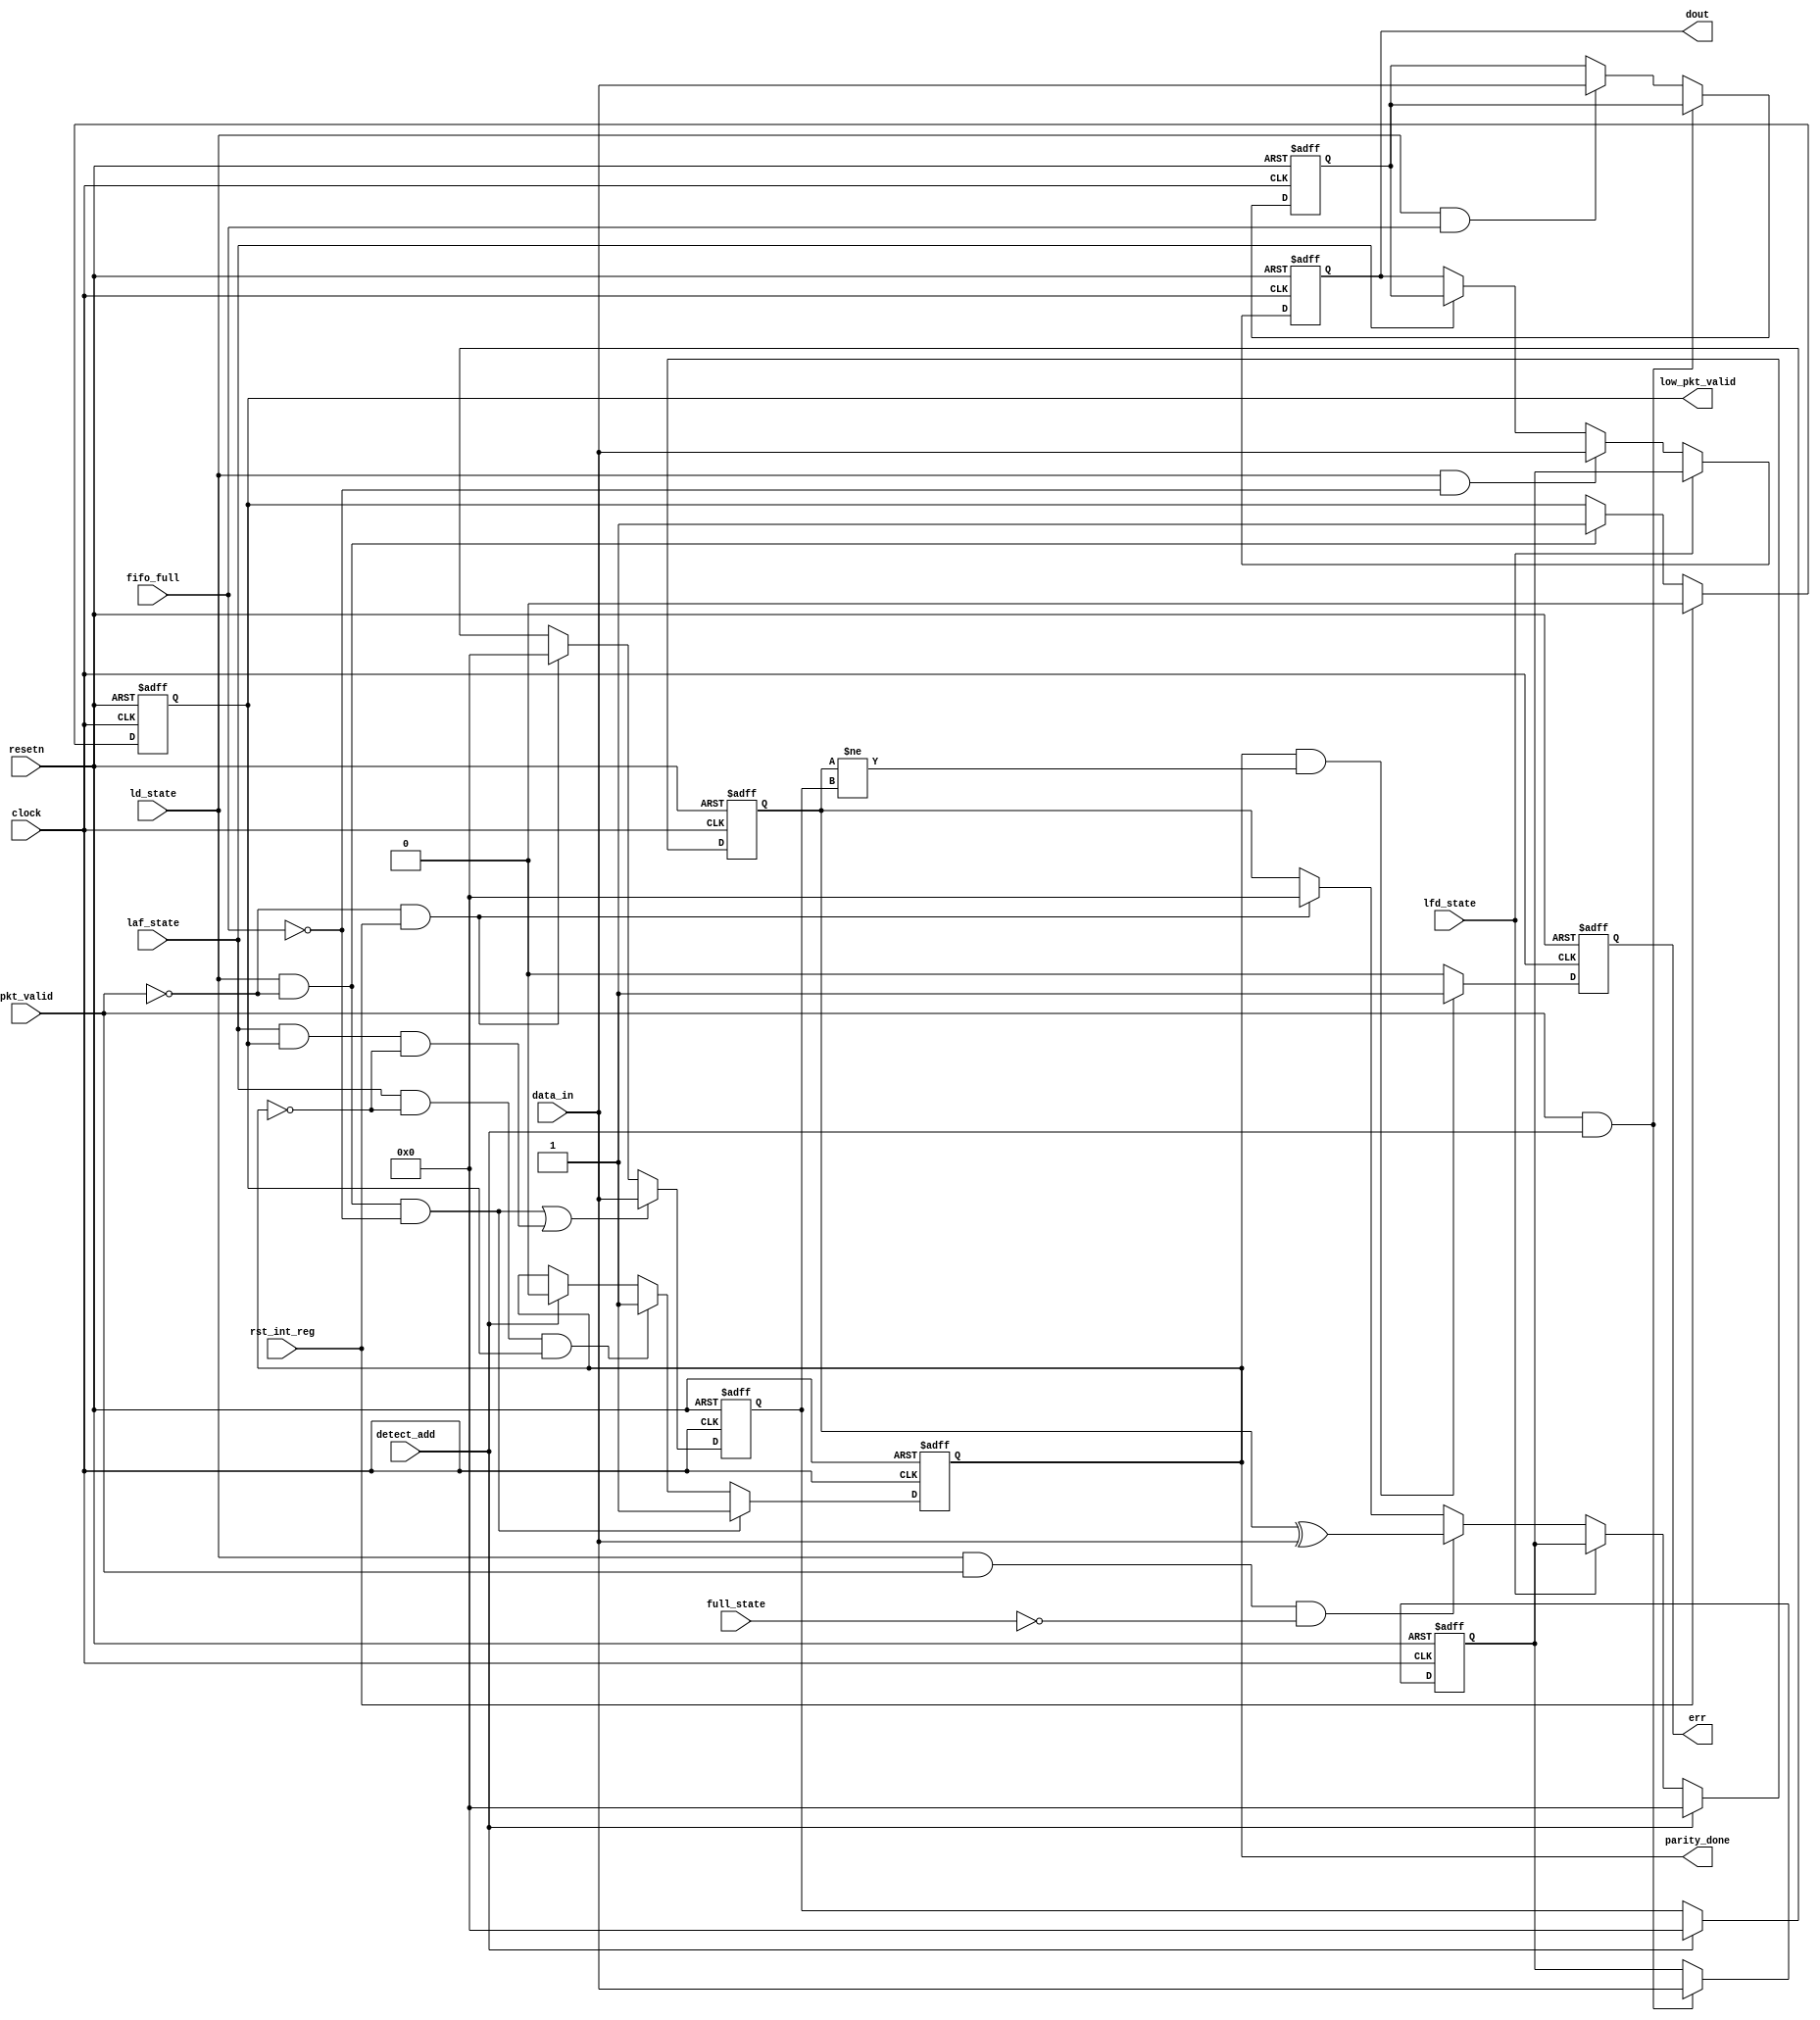
module router_reg( input clock,
input resetn,
input pkt_valid, input [7:0] data_in, input fifo_full, input detect_add, input ld_state, input laf_state, input full_state, input lfd_state, input rst_int_reg, output reg err,
output reg parity_done, output reg low_pkt_valid, output reg [7:0] dout
);

reg [7:0] Header_byte;
 
reg [7:0] fifo_full_state_byte;
reg [7:0] Packet_parity;
reg [7:0] Internal_parity;

// dout logic
always @(posedge clock or negedge resetn) 
begin if (~resetn) 
begin
dout <= 8'b0;
end 
else if (lfd_state) 
begin 
dout <= Header_byte;
end 
else if (ld_state && ~fifo_full)
 begin dout <= data_in;
end 
else if (laf_state) 
begin 
dout <= fifo_full_state_byte;
end 
end

// Header_byte and fifo_full_state_byte
always @(posedge clock or negedge resetn) 
begin 
if (~resetn) 
begin
Header_byte <= 8'b0;
fifo_full_state_byte <= 8'b0; 
end 
else 
begin
if (pkt_valid && detect_add) 
begin 
Header_byte <= data_in;
end 
else if (ld_state && fifo_full) 
begin
fifo_full_state_byte <= data_in; 
end
end
 end

// parity_done logic
always @(posedge clock or negedge resetn) 
begin 
if (~resetn)
 begin
parity_done <= 1'b0; 
end 
else 
begin
if (ld_state && ~pkt_valid && ~fifo_full) 
begin 
parity_done <= 1'b1;
end 
else if (laf_state && ~parity_done && low_pkt_valid) 
begin parity_done <= 1'b1;
end 
else 
begin
if (detect_add) 
begin parity_done <= 1'b0;
end 
end
end 
end

// low_pkt_valid logic
always @(posedge clock or negedge resetn) 
begin 
if (~resetn) 
begin 
low_pkt_valid <= 1'b0; 
end 
else 
begin
if (rst_int_reg) 
begin
low_pkt_valid <= 1'b0;
end 
else if (~pkt_valid && ld_state) 
begin low_pkt_valid <= 1'b1;
end
end 
end

// Packet_parity logic
always @(posedge clock or negedge resetn) 
begin 
if (~resetn) 
begin
Packet_parity <= 8'b0;
end 
else if ((ld_state && ~pkt_valid && ~fifo_full) || (laf_state && low_pkt_valid && ~parity_done)) 
begin
Packet_parity <= data_in;
end 
else if (~pkt_valid && rst_int_reg) 
begin Packet_parity <= 8'b0;
end 
else 
begin
if (detect_add) 
begin Packet_parity <= 8'b0;
end 
end
end

// internal_parity
always @(posedge clock or negedge resetn) 
begin 
if (~resetn) 
begin
Internal_parity <= 8'b0;
end 
else if (detect_add) 
begin Internal_parity <= 8'b0;
end 
else if (lfd_state) 
begin
Internal_parity <= Header_byte;
end 
else if (ld_state && pkt_valid && ~full_state) 
begin Internal_parity <= Internal_parity ^ data_in;
end 
else if (~pkt_valid && rst_int_reg) 
begin Internal_parity <= 8'b0;
end 
end

// error logic
always @(posedge clock or negedge resetn) 
begin 
if (~resetn) 
begin
err <= 1'b0;
end 
else 
begin
if (parity_done == 1'b1 && (Internal_parity != Packet_parity)) 
begin 
err <= 1'b1;
end
 else 
begin
err <= 1'b0; 
end
 
end 
end

endmodule